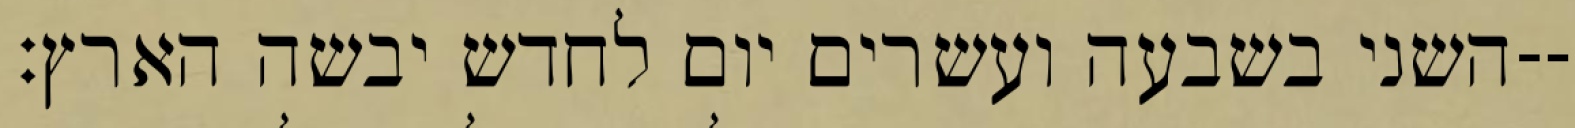
השני בשבעה ועשרים יום לחדש יבשה הארץ׃--